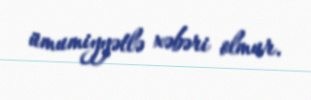
ümumiyyətlə xəbəri olmur.